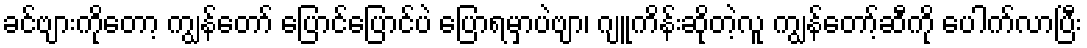
ခင်ဗျားကိုတော့ ကျွန်တော် ပြောင်ပြောင်ပဲ ပြောရမှာပဲဗျာ၊ ဂျူကိန်းဆိုတဲ့လူ ကျွန်တော့်ဆီကို ပေါက်လာပြီး